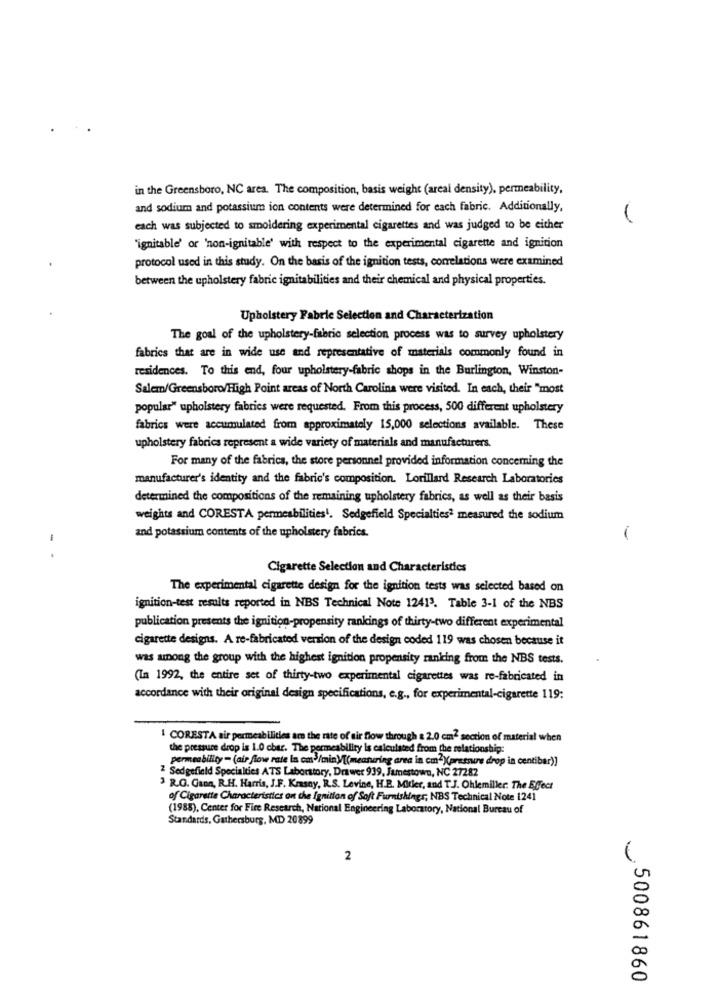
in the Greensboro, NC area. The composition, basis weight (areal density), permeability,
and sodium and potassium ion contents were determined for each fabric. Additionally,
-
each was subjected to smoldering experimental cigarettes and was judged to be either
"ignitable' or 'non-ignitable' with respect to the experimental cigarette and ignition
protocol used in this study. On the basis of the ignition tests, correlations were examined
between the upholstery fabric ignitabilities and their chemical and physical properties.
Upholstery Fabric Selection and Characterization
The goal of the upholstery-fabric selection process was to survey upholstery
fabrics that are in wide use and representative of materials commonly found in
residences. To this end, four upholstery-fabric shops in the Burlington, Winston-
Salem/Greensboro/High Point areas of North Carolina were visited. In each, their "most
popular" upholstery fabrics were requested. From this process, 500 different upholstery
fabrics were accumulated from approximately 15,000 selections available. These
upholstery fabrics represent a wide variety of materials and manufacturers.
For many of the fabrics, the store personnel provided information concerning the
manufacturer's identity and the fabric's composition. Lorillard Research Laboratories
determined the compositions of the remaining upholstery fabrics, as well as their basis
weights and CORESTA permeabilities !. Sedgefield Specialties2 measured the sodium
and potassium contents of the upholstery fabrics.
- .
Cigarette Selection and Characteristics
The experimental cigarette design for the ignition tests was selected based on
ignition-test results reported in NBS Technical Note 12413. Table 3-1 of the NBS
publication presents the ignition-propensity rankings of thirty-two different experimental
cigarette designs. A re-fabricated version of the design coded 119 was chosen because it
was among the group with the highest ignition propensity ranking from the NBS tests.
(In 1992, the entire set of thirty-two experimental cigarettes was re-fabricated in
accordance with their original design specifications, e.g ., for experimental-cigarette 119:
1 CORESTA air permeabilities are the rate of air flow through & 2.0 cm2 section of material when
the pressure drop is 1.0 char. The permeability is calculated from the relationship:
permeability = (air flow rate In cm3/min)/[(measuring area in cm2)(pressure drop in centibar))
2 Sedgefield Specialties ATS Laboratory, Drawer 939, Jamestown, NC 27282
3 R.O. Gaon, R.H. Harris, J.F. Krasny, R.S. Levine, H.B. Mitler, and T.J. Ohlemiller. The Effect
of Cigarette Characteristics on the Ignition of Soft Furnishings, NBS Technical Note 1241
(1988), Center for Fire Research, National Engineering Laboratory, National Bureau of
Standards, Gathersburg, MD 20899
2
500861860